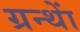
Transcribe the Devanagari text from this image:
ग्रन्थाें